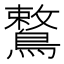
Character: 鷘